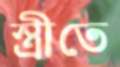
স্ত্রীতে